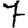
Digit: 7